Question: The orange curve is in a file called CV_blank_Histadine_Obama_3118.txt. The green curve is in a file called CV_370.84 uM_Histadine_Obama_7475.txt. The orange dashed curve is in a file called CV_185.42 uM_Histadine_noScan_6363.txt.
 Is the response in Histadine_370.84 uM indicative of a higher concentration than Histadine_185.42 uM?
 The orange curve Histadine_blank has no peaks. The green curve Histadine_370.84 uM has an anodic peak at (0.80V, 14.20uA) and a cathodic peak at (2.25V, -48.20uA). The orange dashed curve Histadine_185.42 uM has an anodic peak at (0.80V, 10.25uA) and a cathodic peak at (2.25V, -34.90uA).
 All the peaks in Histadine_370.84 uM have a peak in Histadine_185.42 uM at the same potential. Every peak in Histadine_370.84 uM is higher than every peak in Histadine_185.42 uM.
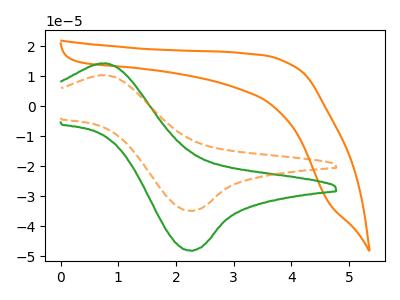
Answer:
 <answer>"Histadine_370.84 uM" has more signal than "Histadine_185.42 uM".</answer>
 <eval>more_signal</eval>